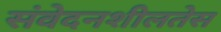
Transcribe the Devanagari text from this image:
संवेदनशीलतेस